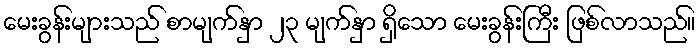
မေးခွန်းများသည် စာမျက်နှာ ၂၃ မျက်နှာ ရှိသော မေးခွန်းကြီး ဖြစ်လာသည်။